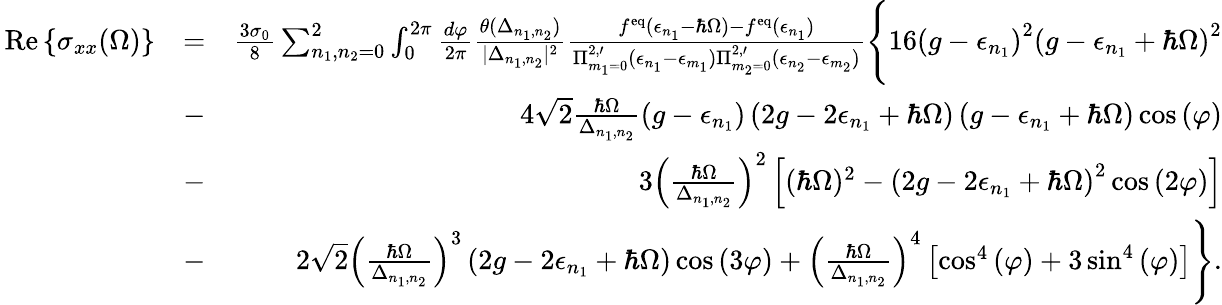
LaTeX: \begin{array}{rlr}{\, \mathrm{Re}\left\{ {\sigma_{xx}(\Omega)}\right\} }&{=}&{\frac{3\sigma_{0}}{8}\sum_{n_{1},n_{2}=0}^{2}\int_{0}^{2\pi}\frac{d\varphi}{2\pi}\frac{\theta(\Delta_{n_{1},n_{2}})}{|\Delta_{n_{1},n_{2}}|^{2}}\frac{f^{\mathrm{eq}}(\epsilon_{n_{1}}-\hbar\Omega)-f^{\mathrm{eq}}(\epsilon_{n_{1}})}{\Pi_{m_{1}=0}^{2,\prime}(\epsilon_{n_{1}}-\epsilon_{m_{1}})\Pi_{m_{2}=0}^{2,\prime}(\epsilon_{n_{2}}-\epsilon_{m_{2}})}\Bigg\{ 16\left(g-\epsilon_{n_{1}}\right)^{2}\left(g-\epsilon_{n_{1}}+\hbar\Omega\right)^{2}}\\ &{-}&{4\sqrt{2}\frac{\hbar\Omega}{\Delta_{n_{1},n_{2}}}\left(g-\epsilon_{n_{1}}\right)\left(2g-2\epsilon_{n_{1}}+\hbar\Omega\right)\left(g-\epsilon_{n_{1}}+\hbar\Omega\right)\cos{(\varphi)}}\\ &{-}&{3\left(\frac{\hbar\Omega}{\Delta_{n_{1},n_{2}}}\right)^{2}\left[(\hbar\Omega)^{2}-\left(2g-2\epsilon_{n_{1}}+\hbar\Omega\right)^{2}\cos{(2\varphi)}\right]}\\ &{-}&{2\sqrt{2}\left(\frac{\hbar\Omega}{\Delta_{n_{1},n_{2}}}\right)^{3}\left(2g-2\epsilon_{n_{1}}+\hbar\Omega\right)\cos{(3\varphi)}+\left(\frac{\hbar\Omega}{\Delta_{n_{1},n_{2}}}\right)^{4}\left[\cos^{4}{(\varphi)}+3\sin^{4}{(\varphi)}\right]\Bigg\} .}\end{array}